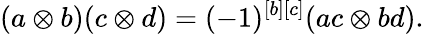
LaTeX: (a\otimes b)(c\otimes d)=(-1)^{[b][c]}(ac\otimes bd).